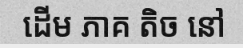
ដើម ភាគ តិច នៅ